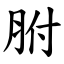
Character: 胕